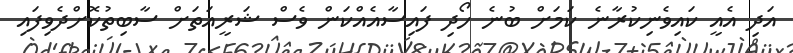
އަދި އެއީ ކައިވެނިކުރާނެ ކަމަށް ބުނެ ހޯދި ފައިސާއެއްކަން ވެސް ޝަރީއަތަށް ސާބިތުކޮށްދެވިފައި